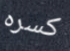
كسره